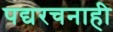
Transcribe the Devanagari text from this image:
पद्यरचनाही